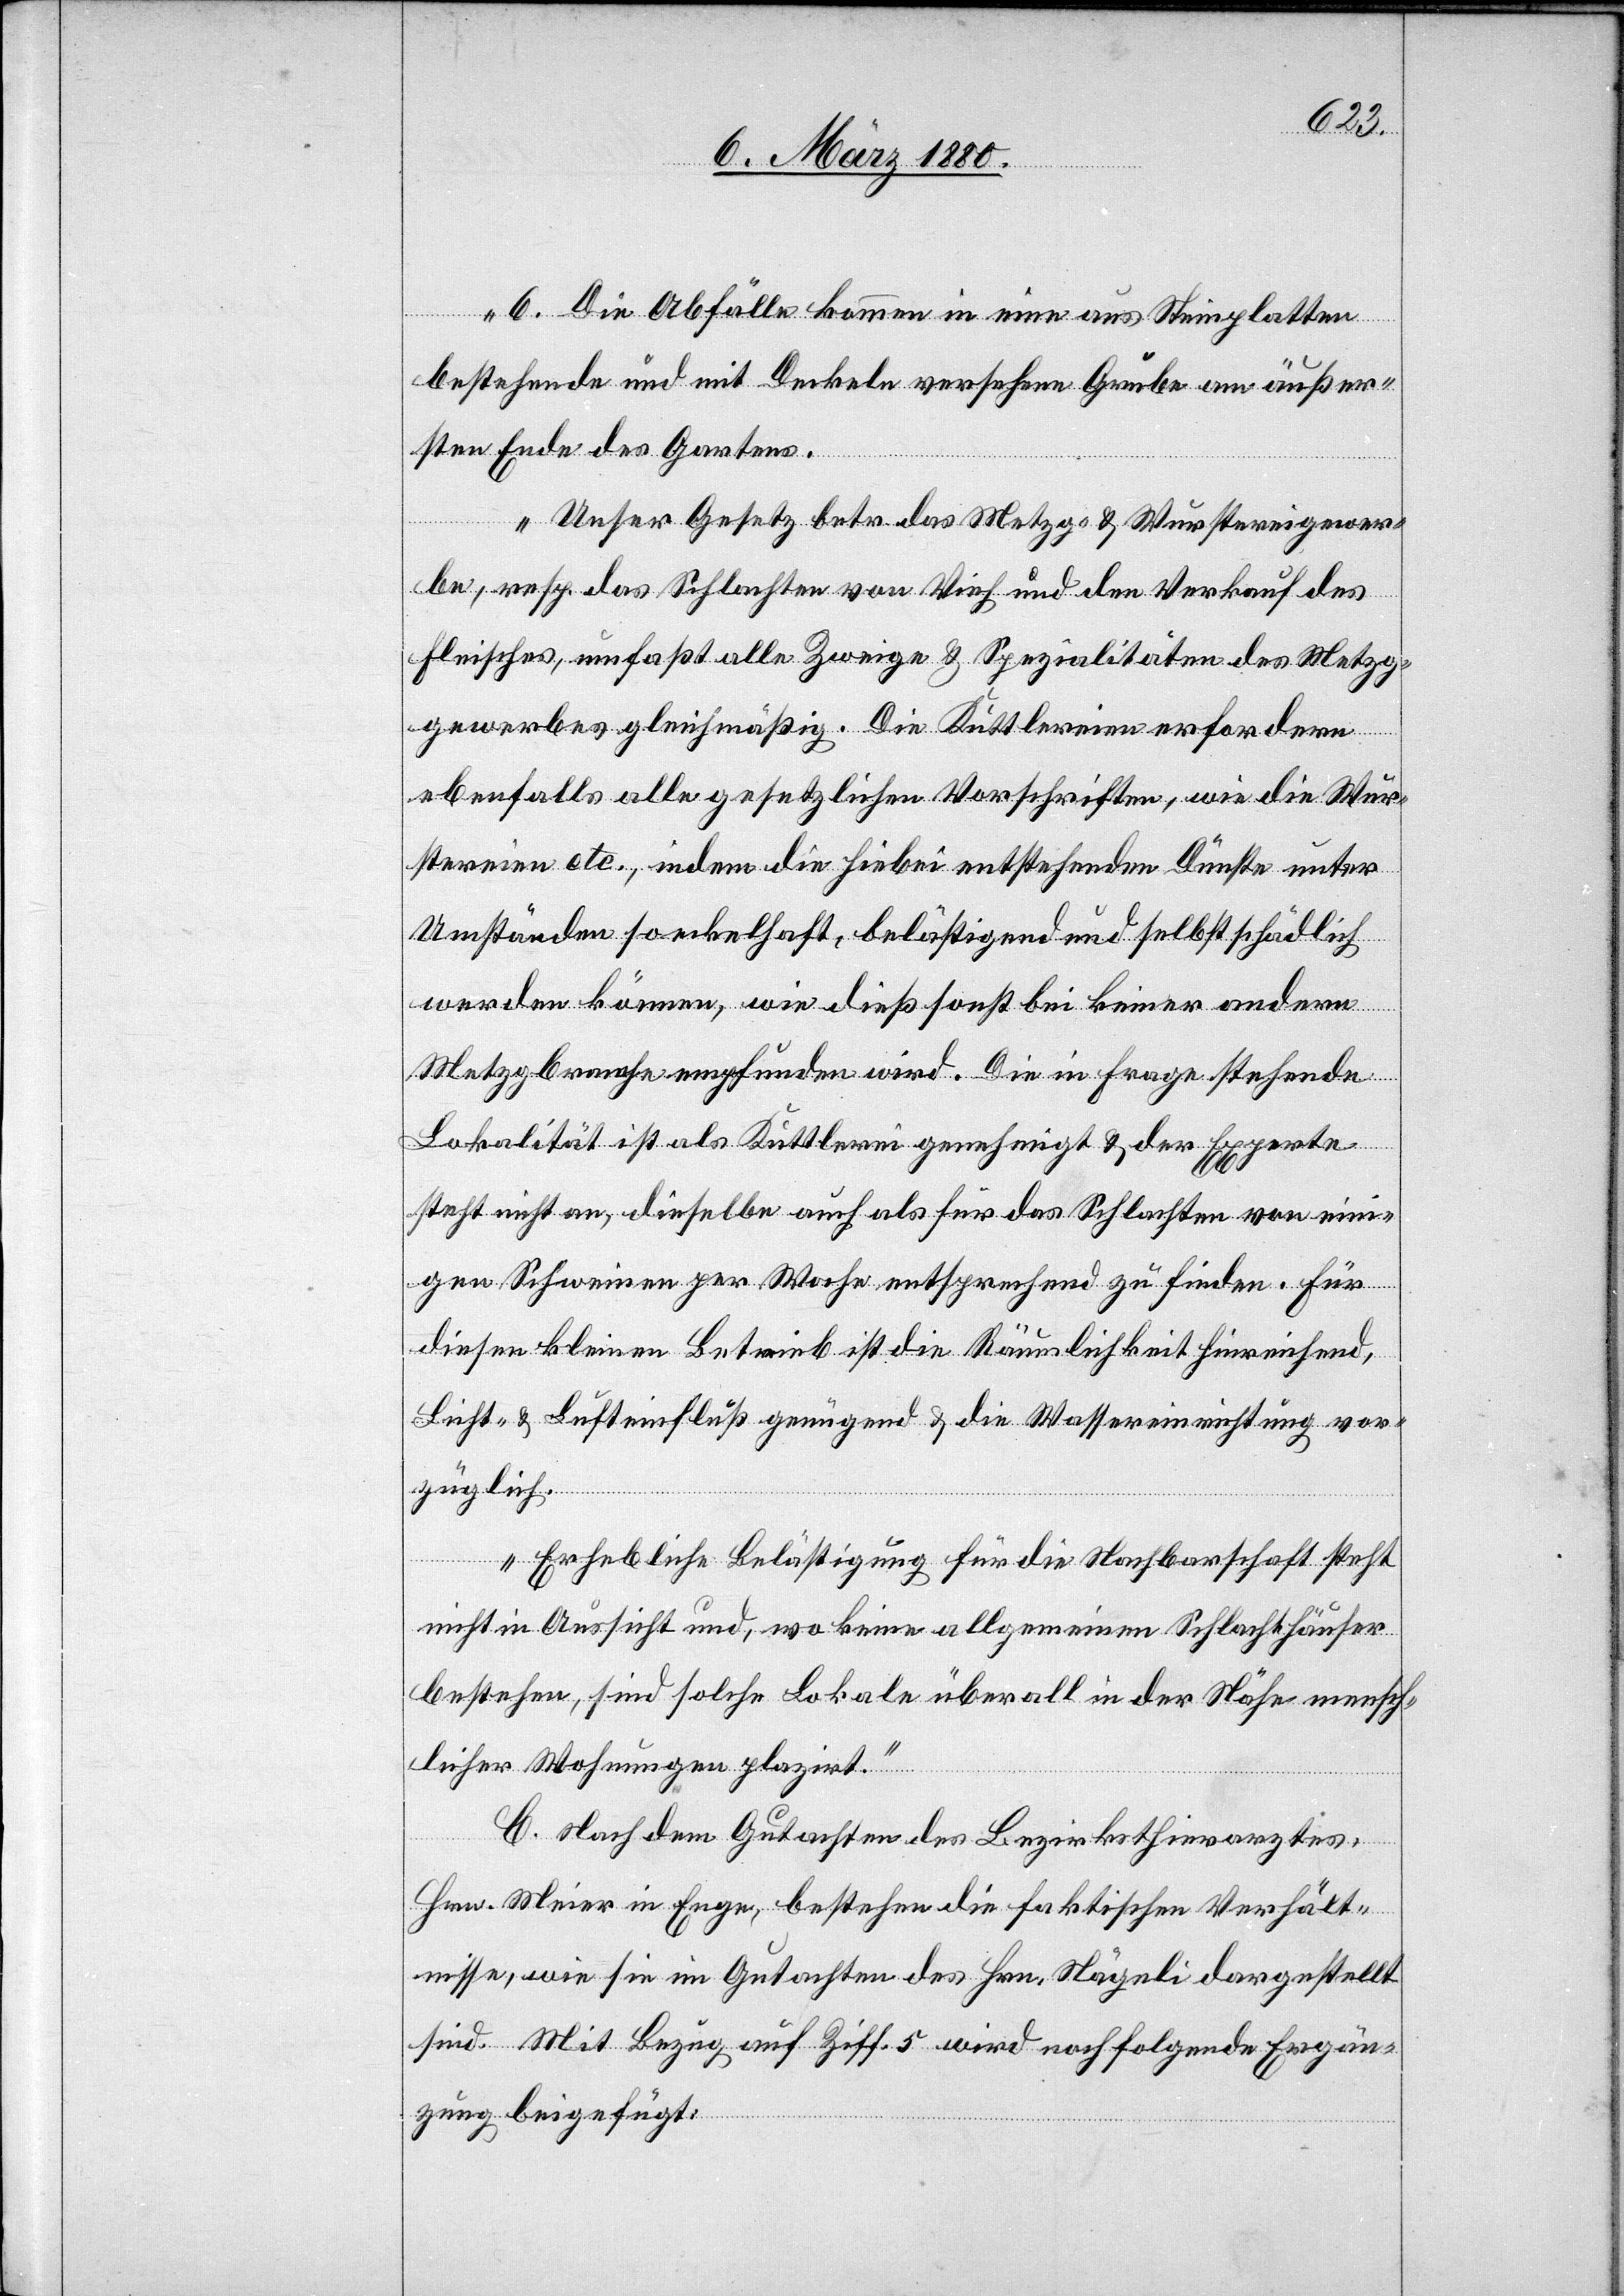
6. Die Abfälle kommen in eine aus Steinplatten
bestehende und mit Deckeln versehen Grube am äußer¬
sten Ende des Gartens.
Unser Gesetz betr. das Metzg- & Wurstereigewer¬
be, resp. das Schlachten von Vieh und den Verkauf des
Fleisches, umfaßt alle Zweige & Spezialitäten des Metzg¬
gewerbes gleichmäßig. Die Kuttlereien erfordern
ebenfalls alle gesetzlichen Vorschriften, wie die Wur¬
stereien etc., indem die hiebei entstehenden Dünste unter
Umständen so eckelhaft, belästigend und selbst schädlich
werden können, wie dieß sonst bei keiner andern
Metzgbranche empfunden wird. Die in Frage stehende
Lokalität ist als Kuttlerei genehmigt & der Experte
steht nicht an, dieselbe auch als für das Schlachten von eini¬
gen Schweinen per Woche entsprechend zu finden. Für
diesen kleinen Betrieb ist die Räumlichkeit hinreichend,
Licht- & Lufteinfluß genügend & die Wassereinrichtung vor¬
züglich.
Erheblich Belästigung für die Nachbarschaft steht
nicht in Aussicht und, wo keine allgemeinen Schlachthäuser
bestehen, sind solche Lokale überall in der Nähe mensch¬
licher Wohnungen plazirt.“
C. Nach dem Gutachten des Bezirksthierarztes,
Hrn. Meier in Enge, bestehen die faktischen Verhält¬
nisse, wie sie im Gutachten des Hrn. Nägeli dargestellt
sind. Mit Bezug auf Ziff. 5 wird noch folgende Ergän¬
zung beigefügt: